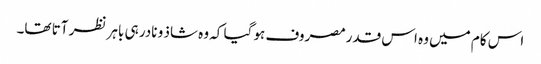
اس کام میں وہ اس قدرمصروف ہو گیا کہ وہ شاذ و نادر ہی باہر نظر آتا تھا۔